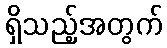
ရှိသည့်အတွက်